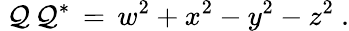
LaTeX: ~\mathcal{Q}\, \mathcal{Q}^{*}\, =\, w^{2}+x^{2}-y^{2}-z^{2}~.